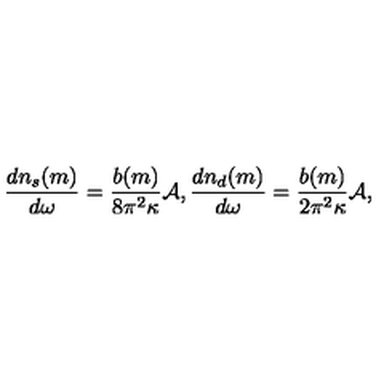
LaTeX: { \frac { d n _ { s } ( m ) } { d \omega } } = { \frac { b ( m ) } { 8 \pi ^ { 2 } \kappa } } { \cal A } , { \frac { d n _ { d } ( m ) } { d \omega } } = { \frac { b ( m ) } { 2 \pi ^ { 2 } \kappa } } { \cal A } ,